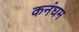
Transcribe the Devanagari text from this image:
कनंघम